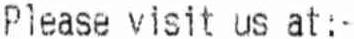
PLEASE VISIT US AT : -